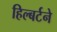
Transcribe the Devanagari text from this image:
हिल्बर्टने